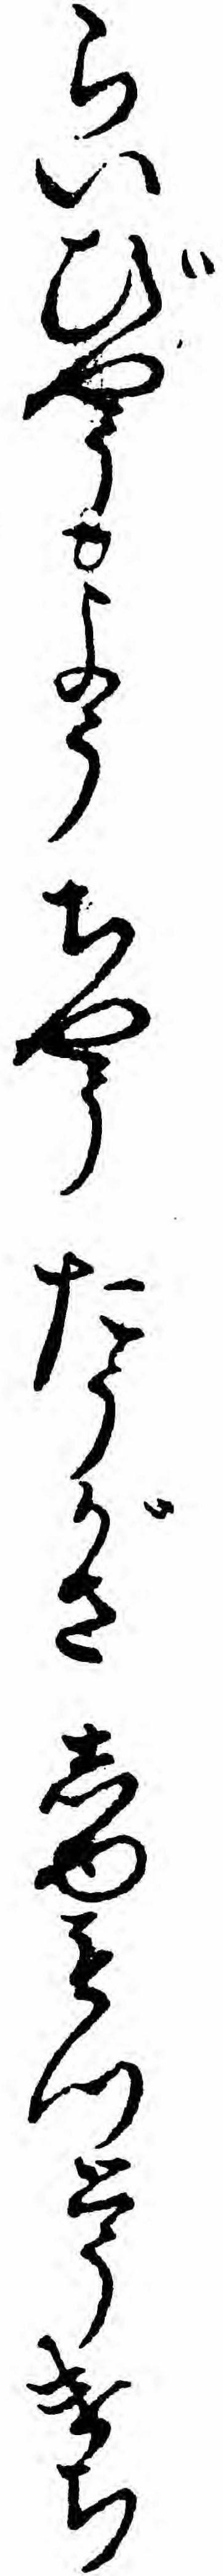
らいびやうようちやうたうがさしゆもつとうけち